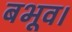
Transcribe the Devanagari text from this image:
बभूव।